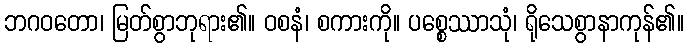
ဘဂဝတော၊ မြတ်စွာဘုရား၏။ ဝစနံ၊ စကားကို။ ပစ္စေဿာသုံ၊ ရိုသေစွာနာကုန်၏။